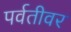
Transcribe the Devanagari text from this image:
पर्वतीवर